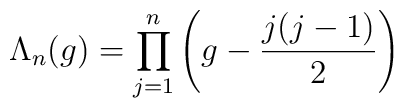
\Lambda_n(g)= \prod_{j=1}^n \left( g- \frac{j(j-1)}{2} \right)